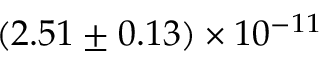
( 2 . 5 1 \pm 0 . 1 3 ) \times 1 0 ^ { - 1 1 }